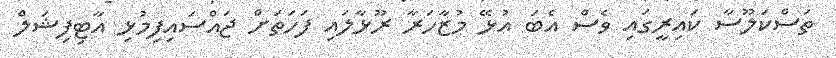
ތަސްކަލޫސާ ކައިރީގައި ވެސް އެބަ އުޅޭ މުޒާހަރާ ރޫޅާލައި ފަހަތަށް ޖައްސައިފިމުޅި އާޓިފިޝަލް